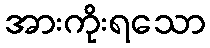
အားကိုးရသော